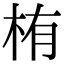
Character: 栯